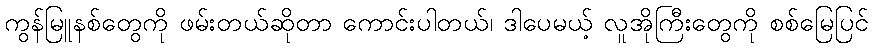
ကွန်မြူနစ်တွေကို ဖမ်းတယ်ဆိုတာ ကောင်းပါတယ်၊ ဒါပေမယ့် လူအိုကြီးတွေကို စစ်မြေပြင်